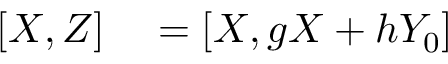
\begin{array} { r l } { [ X , Z ] } & { { } = [ X , g X + h Y _ { 0 } ] } \end{array}